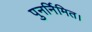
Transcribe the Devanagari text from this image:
पुनर्निमित।